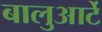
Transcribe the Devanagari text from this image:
बालुआर्टे